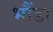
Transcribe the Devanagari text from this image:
भौंडा